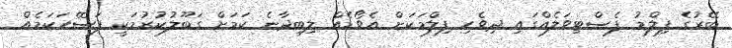
ބޭރުގެ ފިލްމު ފެސްޓިވަލެއްގައި ދިވެހި ފިލްމަކަށް އެވޯޑެއް ލިބިދާނެ ކަމަށް ގަބޫލުކުރުމަކީ ފަސޭހަކަމެއް